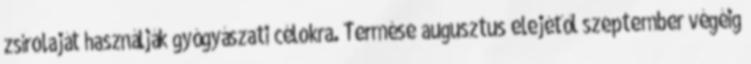
zsírolaját használják gyógyászati célokra. Termése augusztus elejétől szeptember végéig